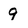
Character: 9